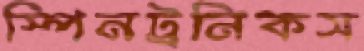
স্পিনট্রনিকস